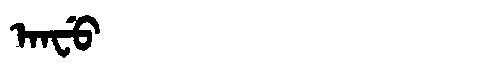
Manchu: ᠠᠨᠸᡠ
Romanization: ANFU